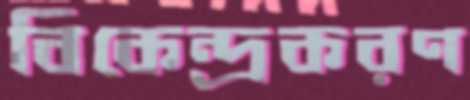
বিকেন্দ্রকরণ